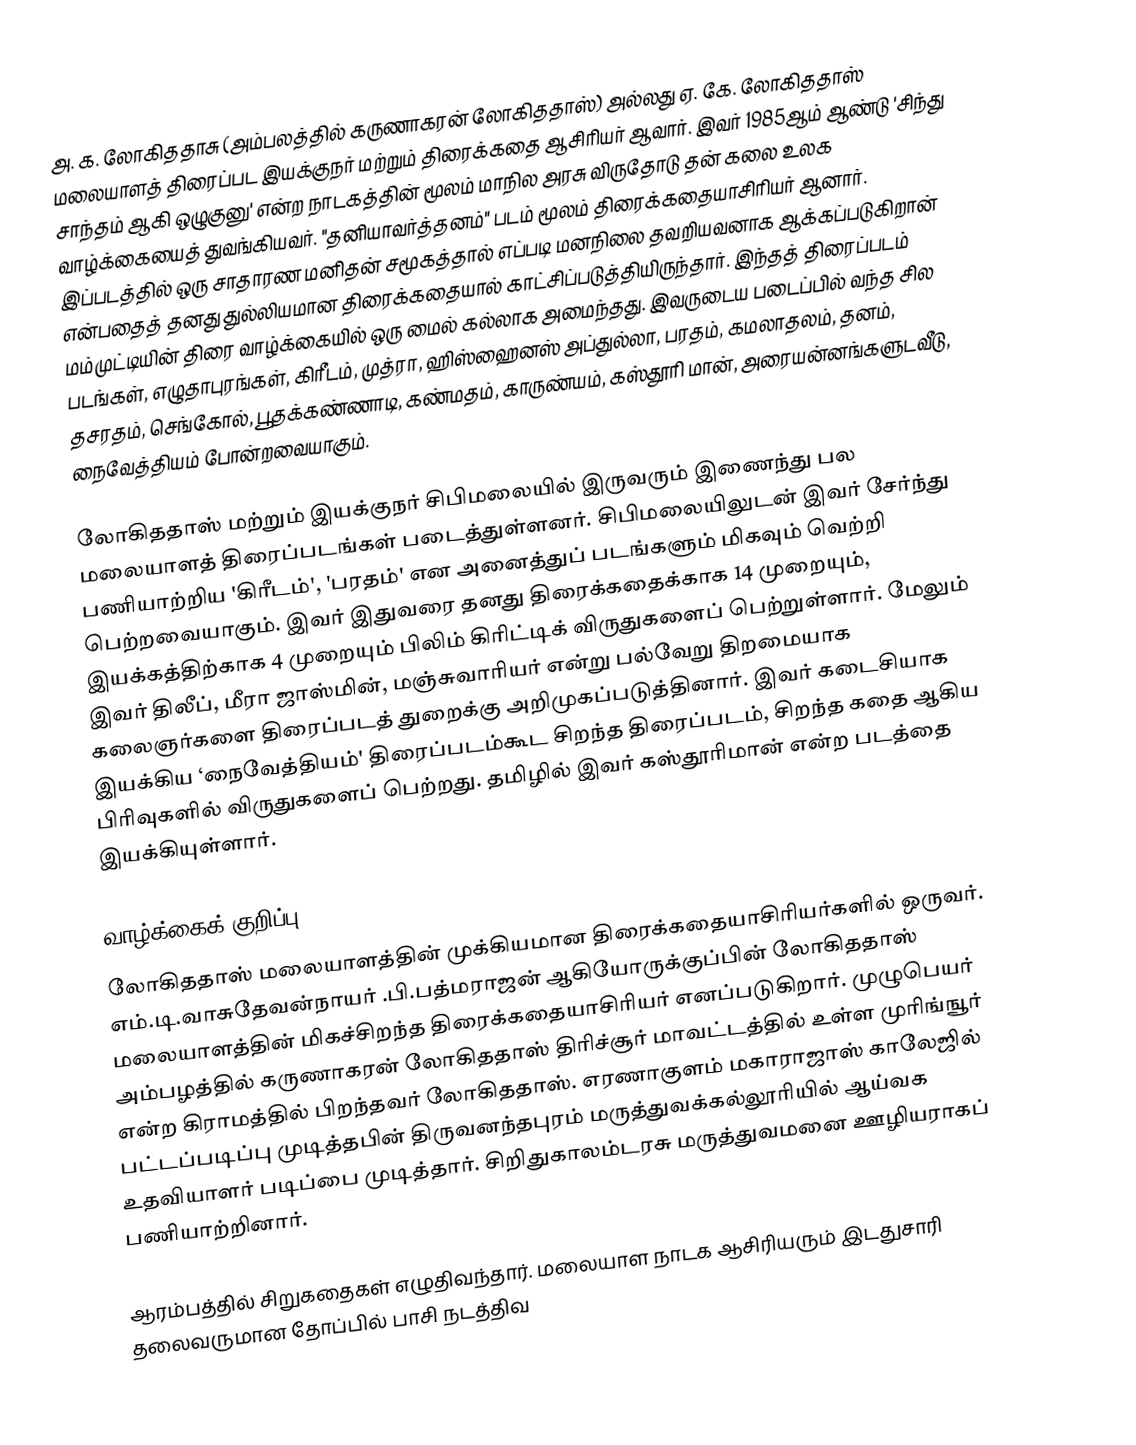
அ. க. லோகிததாசு (அம்பலத்தில் கருணாகரன் லோகிததாஸ்) அல்லது ஏ. கே. லோகிததாஸ் மலையாளத் திரைப்பட இயக்குநர் மற்றும் திரைக்கதை ஆசிரியர் ஆவார். இவர் 1985ஆம் ஆண்டு 'சிந்து சாந்தம் ஆகி ஒழுகுனு' என்ற நாடகத்தின் மூலம் மாநில அரசு விருதோடு தன் கலை உலக வாழ்க்கையைத் துவங்கியவர். "தனியாவர்த்தனம்" படம் மூலம்  திரைக்கதையாசிரியர் ஆனார். இப்படத்தில் ஒரு சாதாரண மனிதன் சமூகத்தால் எப்படி மனநிலை தவறியவனாக ஆக்கப்படுகிறான் என்பதைத் தனது துல்லியமான திரைக்கதையால் காட்சிப்படுத்தியிருந்தார். இந்தத் திரைப்படம் மம்முட்டியின் திரை வாழ்க்கையில் ஒரு மைல் கல்லாக அமைந்தது. இவருடைய படைப்பில் வந்த சில படங்கள், எழுதாபுரங்கள், கிரீடம், முத்ரா, ஹிஸ்ஹைனஸ் அப்துல்லா, பரதம், கமலாதலம், தனம், தசரதம், செங்கோல், பூதக்கண்ணாடி, கண்மதம், காருண்யம், கஸ்தூரி மான், அரையன்னங்களுடவீடு, நைவேத்தியம் போன்றவையாகும்.

லோகிததாஸ் மற்றும் இயக்குநர் சிபிமலையில் இருவரும் இணைந்து பல மலையாளத் திரைப்படங்கள் படைத்துள்ளனர். சிபிமலையிலுடன் இவர் சேர்ந்து பணியாற்றிய 'கிரீடம்', 'பரதம்' என அனைத்துப் படங்களும் மிகவும் வெற்றி பெற்றவையாகும். இவர் இதுவரை தனது திரைக்கதைக்காக 14 முறையும், இயக்கத்திற்காக 4 முறையும் பிலிம் கிரிட்டிக் விருதுகளைப் பெற்றுள்ளார். மேலும் இவர் திலீப், மீரா ஜாஸ்மின், மஞ்சுவாரியர் என்று பல்வேறு திறமையாக கலைஞர்களை திரைப்படத் துறைக்கு அறிமுகப்படுத்தினார். இவர் கடைசியாக இயக்கிய ‘நைவேத்தியம்' திரைப்படம்கூட சிறந்த திரைப்படம், சிறந்த கதை ஆகிய பிரிவுகளில் விருதுகளைப் பெற்றது. தமிழில் இவர் கஸ்தூரிமான் என்ற படத்தை இயக்கியுள்ளார்.

வாழ்க்கைக் குறிப்பு
லோகிததாஸ் மலையாளத்தின் முக்கியமான திரைக்கதையாசிரியர்களில் ஒருவர். எம்.டி.வாசுதேவன்நாயர் .பி.பத்மராஜன் ஆகியோருக்குப்பின் லோகிததாஸ் மலையாளத்தின் மிகச்சிறந்த திரைக்கதையாசிரியர் எனப்படுகிறார். முழுபெயர் அம்பழத்தில் கருணாகரன் லோகிததாஸ் திரிச்சூர் மாவட்டத்தில் உள்ள முரிங்ஙூர் என்ற கிராமத்தில் பிறந்தவர் லோகிததாஸ். எரணாகுளம் மகாராஜாஸ் காலேஜில் பட்டப்படிப்பு முடித்தபின் திருவனந்தபுரம் மருத்துவக்கல்லூரியில் ஆய்வக உதவியாளர் படிப்பை முடித்தார். சிறிதுகாலம்டரசு மருத்துவமனை ஊழியராகப் பணியாற்றினார்.

ஆரம்பத்தில் சிறுகதைகள் எழுதிவந்தார்.  மலையாள நாடக ஆசிரியரும் இடதுசாரி தலைவருமான தோப்பில் பாசி நடத்திவ